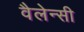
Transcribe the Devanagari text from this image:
वैलेन्सी